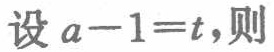
设 \(a - 1 = t\)，则